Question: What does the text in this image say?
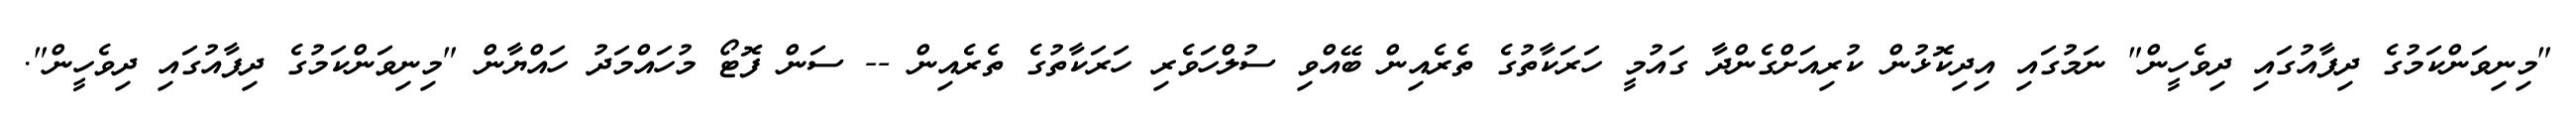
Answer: "މިނިވަންކަމުގެ ދިފާއުގައި ދިވެހީން" ނަމުގައި އިދިކޮޅުން ކުރިއަށްގެންދާ ގައުމީ ހަރަކާތުގެ ތެރެއިން ބޭއްވި ސުލްހަވެރި ހަރަކާތުގެ ތެރެއިން -- ސަން ފޮޓޯ މުހައްމަދު ހައްޔާން "މިނިވަންކަމުގެ ދިފާއުގައި ދިވެހީން".